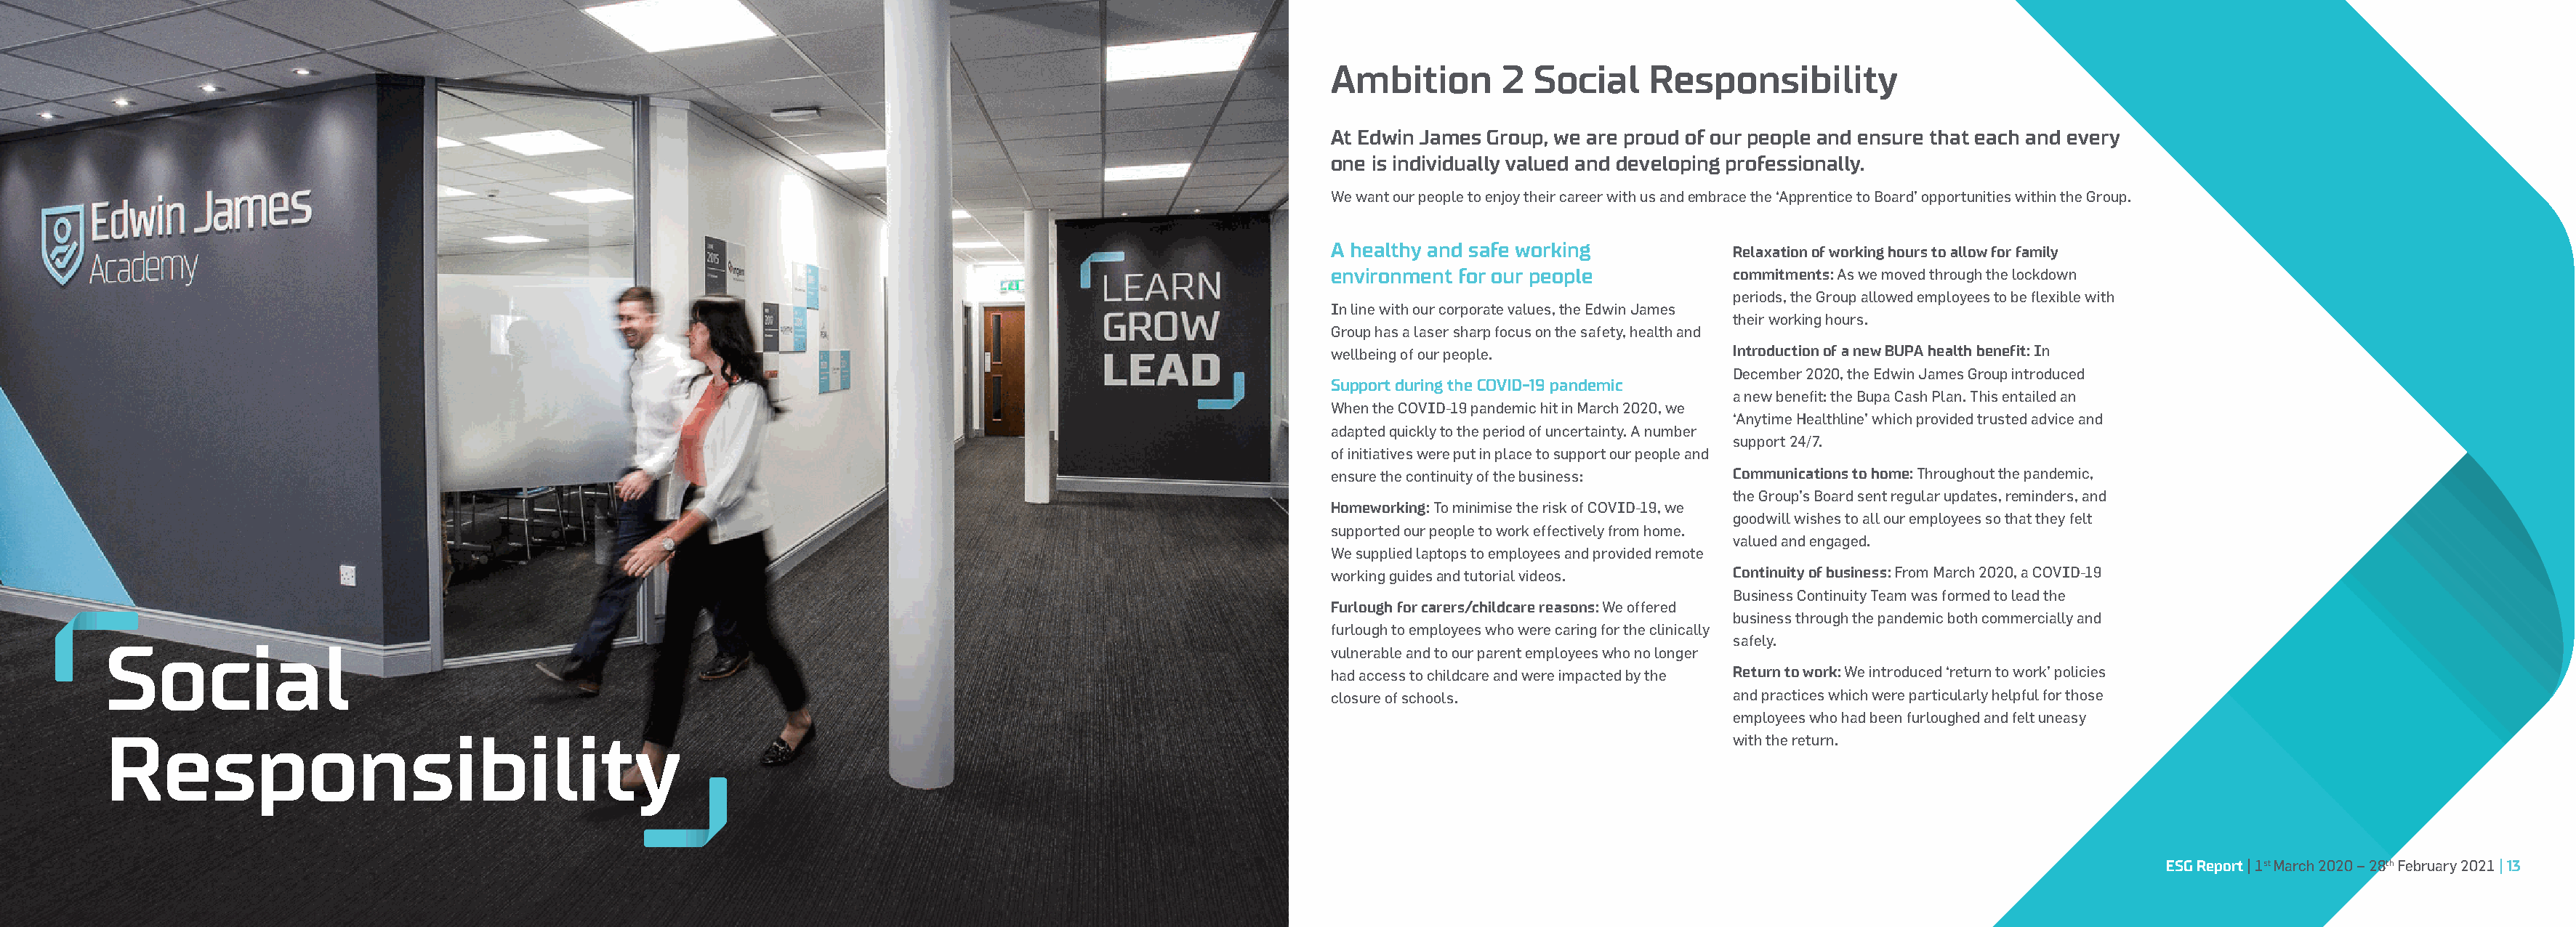
Ambition        2  Social    Responsibility
 At Edwin James Group, we are proud of our people and ensure that each and every
 one is individually valued and developing professionally.
 We want our people to enjoy their career with us and embrace the ‘Apprentice to Board’ opportunities within the Group.
 A healthy and safe working           Relaxation of working hours to allow for family
 environment for our people           commitments: As we moved through the lockdown
 periods, the Group allowed employees to be flexible with
 In line with our corporate values, the Edwin James
 their working hours.
 Group has a laser sharp focus on the safety, health and
 wellbeing of our people.             Introduction of a new BUPA health benefit: In
 December 2020, the Edwin James Group introduced
 Support during the COVID-19 pandemic
 a new benefit: the Bupa Cash Plan. This entailed an
 When the COVID-19 pandemic hit in March 2020, we
 ‘Anytime Healthline’ which provided trusted advice and
 adapted quickly to the period of uncertainty. A number
 support 24/7.
 of initiatives were put in place to support our people and
 ensure the continuity of the business: Communications to home: Throughout the pandemic,
 the Group’s Board sent regular updates, reminders, and
 Homeworking: To minimise the risk of COVID-19, we
 goodwill wishes to all our employees so that they felt
 supported our people to work effectively from home.
 valued and engaged.
 We supplied laptops to employees and provided remote
 working guides and tutorial videos.  Continuity of business: From March 2020, a COVID-19
 Business Continuity Team was formed to lead the
 Furlough for carers/childcare reasons: We offered
 business through the pandemic both commercially and
 furlough to employees who were caring for the clinically
 safely.
 Social                                                                                                         vulnerable and to our parent employees who no longer
 had access to childcare and were impacted by the Return to work: We introduced ‘return to work’ policies
 closure of schools.                  and practices which were particularly helpful for those
 employees who had been furloughed and felt uneasy
 Responsibility                                                                                                                                      with the return.
 12 | ESG Report | 1st March 2020 – 28th February 2021                                                                                                                                           ESG Report | 1st March 2020 – 28th February 2021 | 13